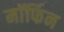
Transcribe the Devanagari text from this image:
माॅर्फिन